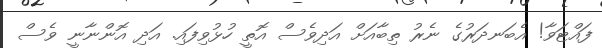
ފައްޓަވާ! އެބަނދަރުގެ ނެރު ތިބާއަށް އަދިވެސް އޮތީ ހުޅުވިފައި. އަދި އޮންނާނީ ވެސް